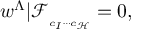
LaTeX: w ^ { \Lambda } \vert \mathcal { F } _ { _ { c _ { I } \cdots c _ { \mathcal { H } } } } = 0 ,